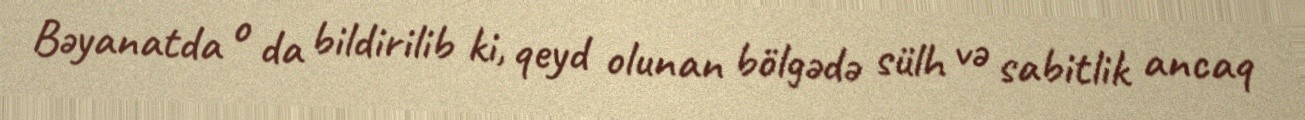
Bəyanatda o da bildirilib ki, qeyd olunan bölgədə sülh və sabitlik ancaq